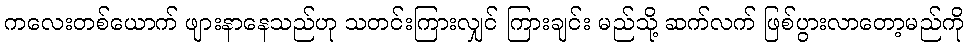
ကလေးတစ်ယောက် ဖျားနာနေသည်ဟု သတင်းကြားလျှင် ကြားချင်း မည်သို့ ဆက်လက် ဖြစ်ပွားလာတော့မည်ကို